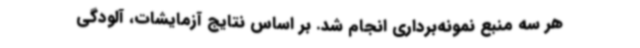
هر سه منبع نمونه‌برداری انجام شد. بر اساس نتایج آزمایشات، آلودگی